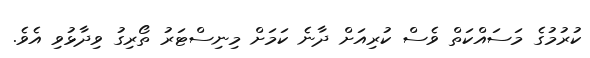
ކުރުމުގެ މަސައްކަތް ވެސް ކުރިއަށް ދާނެ ކަމަށް މިނިސްޓަރު ތޯރިގު ވިދާޅުވި އެވެ.